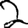
Digit: 2